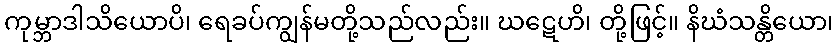
ကုမ္ဘာဒါသိယောပိ၊ ရေခပ်ကျွန်မတို့သည်လည်း။ ဃဋေဟိ၊ တို့ဖြင့်။ နိဃံသန္တိယော၊